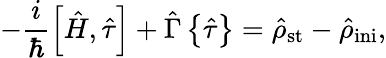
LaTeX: -\frac{i}{\hbar}\left[{\hat{H}},{\hat{\tau}}\right]+{\hat{\Gamma}}\left\{ {\hat{\tau}}\right\} ={\hat{\rho}}_{\mathrm{st}}-{\hat{\rho}}_{\mathrm{ini}},